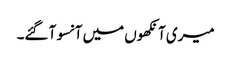
میری آنکھوں میں آنسو آ گئے۔